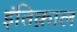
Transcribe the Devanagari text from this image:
इंतिक़ाल